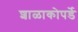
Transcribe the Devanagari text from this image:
शाळाकोपर्डे